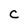
Character: C